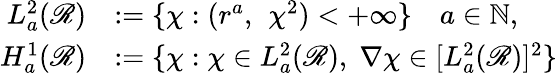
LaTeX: \begin{array}{rl}{L_{a}^{2}(\mathscr{R})}&{:=\{ \chi:(r^{a},~\, \chi^{2})<+\infty\} \quad a\in{\mathbb N},}\\ {H_{a}^{1}(\mathscr{R})}&{:=\{ \chi:\chi\in L_{a}^{2}(\mathscr{R}),\; \nabla\chi\in[L_{a}^{2}(\mathscr{R})]^{2}\} }\end{array}